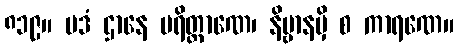
၈၁၉။ ပဒံ ဌာနေ ပရိတ္တာဏေ၊ နိဗ္ဗာနမှိ စ ကာရဏေ။